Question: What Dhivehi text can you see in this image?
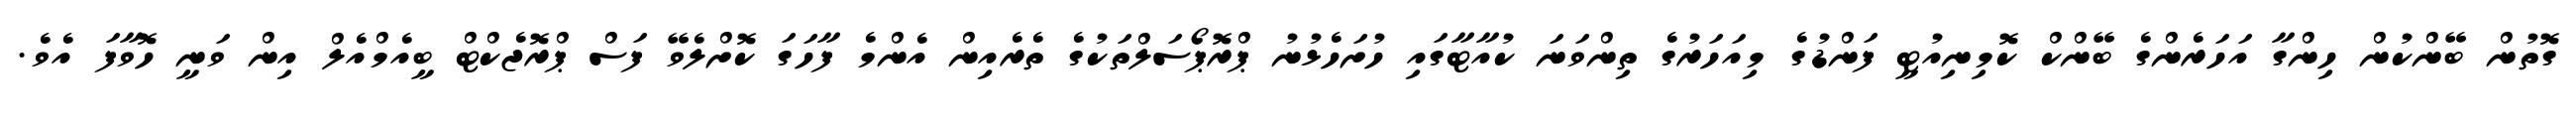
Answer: ގޮތުން ބޭންކުން ހިންގާ އަހަރެންގެ ބޭންކް ކޮމިނިއުޓީ ފަންޑުގެ މިއަހަރުގެ ތިންވަނަ ކުއާޓާގައި ހުށަހެޅުނު ޕްރޮޕޯސަލްތަކުގެ ތެރެއިން އެންމެ ފާހަގަ ކޮށްލެވޭ ފަސް ޕްރޮޖެކްޓް ބީއެމްއެލް އިން ވަނީ ހޮވާފަ އެވެ.